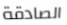
الصادقة